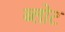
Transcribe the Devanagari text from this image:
ब्लोट